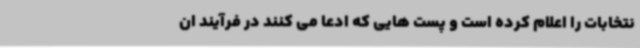
نتخابات را اعلام کرده است و پست هایی که ادعا می کنند در فرآیند ان